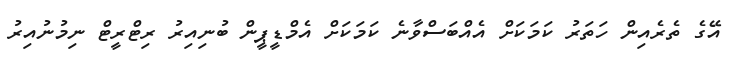
އޭގެ ތެރެއިން ހަތަރު ކަމަކަށް އެއްބަސްވާނެ ކަމަކަށް އެމްޑީޕީން ބުނިއިރު ރިޓްރީޓް ނިމުނުއިރު